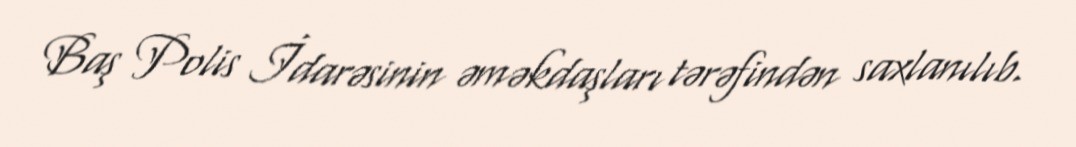
Baş Polis İdarəsinin əməkdaşları tərəfindən saxlanılıb.